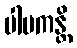
ပါပကန္တိ